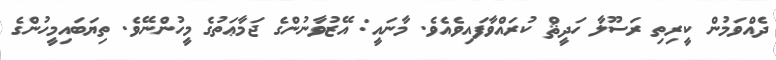
ދެއްވަމުން ކީރިތި ރަސޫލާ ހަދީޘް ކުރައްވާފައިވެއެވެ. މާނައީ: އޭޒުވާނުންގެ ޖަމާޢަތުގެ މީހުންނޭވެ. ތިޔަބައިމީހުންގެ